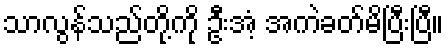
သာလွန်သည်တို့ကို ဦးအံ့ အကဲခတ်မိပြီးပြီ။